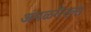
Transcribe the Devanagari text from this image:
अंमळनेरला